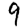
Digit: 9